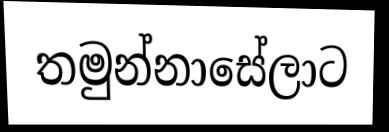
තමුන්නාසේලාට